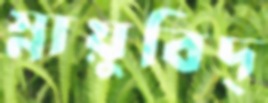
স্নায়ুবিদ্